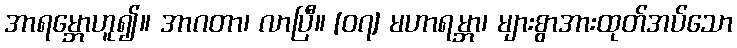
အာရမ္ဘောဟူ၍။ အာဂတာ၊ လာပြီ။ [၀၇] မဟာရမ္ဘာ၊ များစွာအားထုတ်အပ်သော